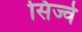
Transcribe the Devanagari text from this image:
सिज्वे